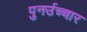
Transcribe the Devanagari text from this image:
पुनर्उच्चार